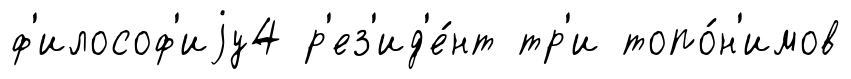
ф'илософ'иjу4 р'ез'ид'е́нт тр'и топо́н'имов